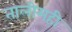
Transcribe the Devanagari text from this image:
तालीमही